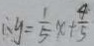
\therefore y = \frac { 1 } { 5 } x + \frac { 4 } { 5 }